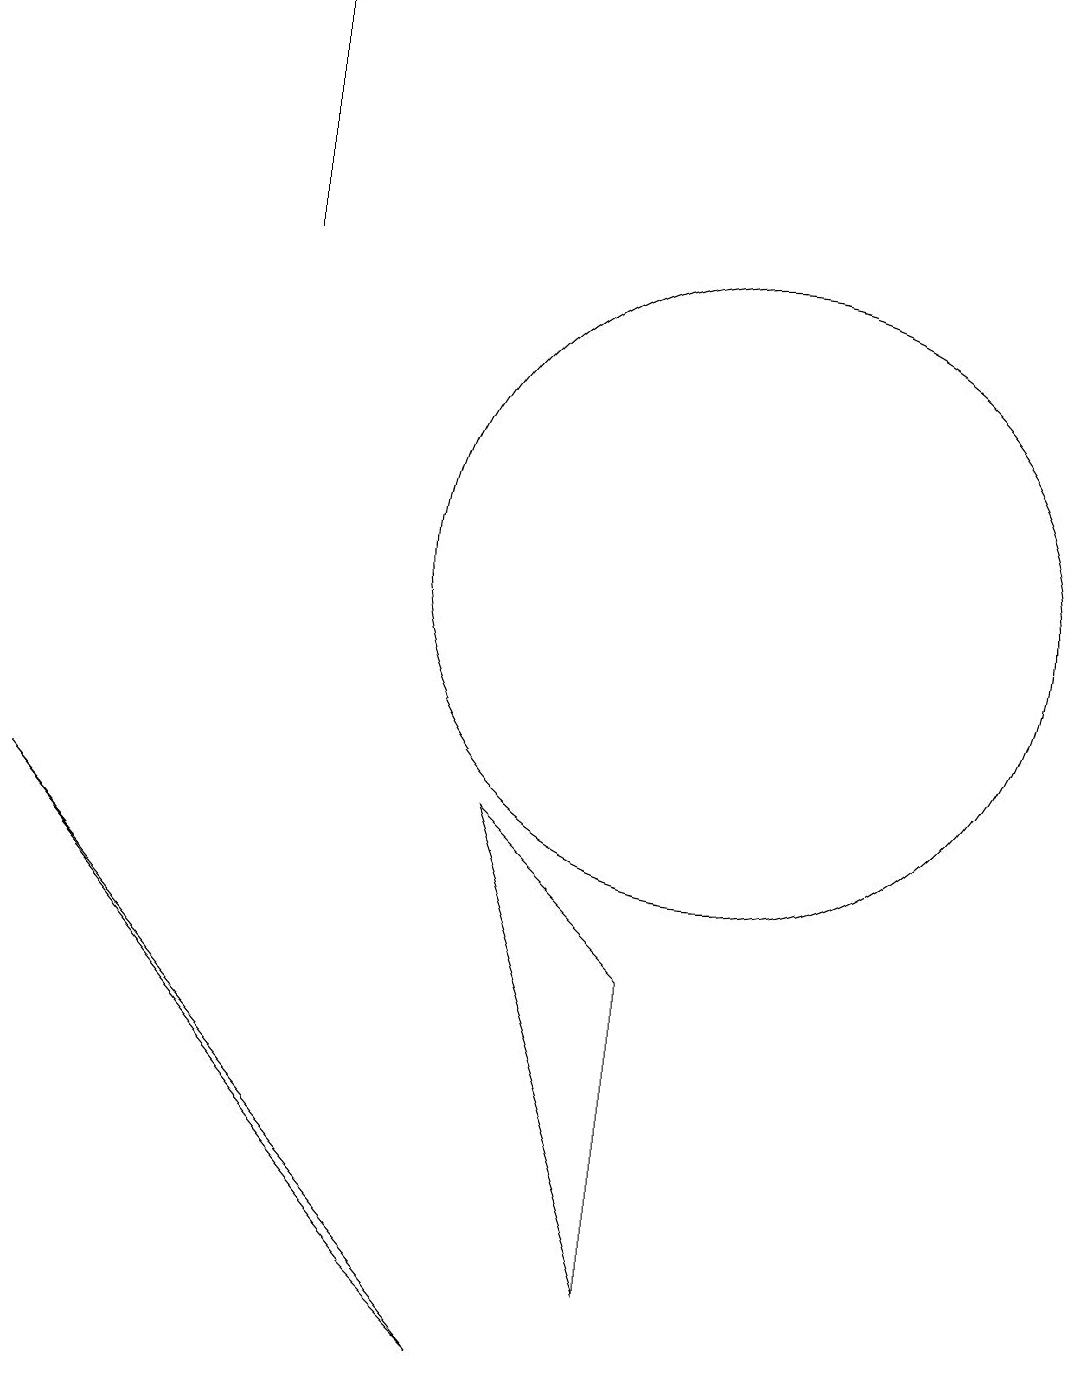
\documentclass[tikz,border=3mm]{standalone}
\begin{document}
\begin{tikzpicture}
\draw (7,1) -- (1,8) -- (6,2) -- cycle;
\draw (9,6) -- (7,8) -- (9,2) -- cycle;
\draw[->] (4,15) -- (4,18);
\draw (10,11) circle (4);
\draw (10,12) circle (0);
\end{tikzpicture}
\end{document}